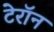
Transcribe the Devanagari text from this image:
टेरॉन